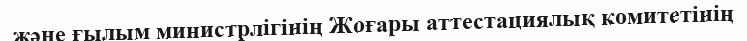
және ғылым министрлігінің Жоғары аттестациялық комитетінің